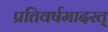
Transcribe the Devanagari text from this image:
प्रतिवर्षमादरत्